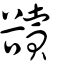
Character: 豄